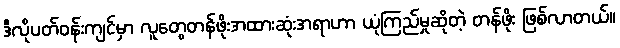
ဒီလိုပတ်ဝန်းကျင်မှာ လူတွေတန်ဖိုးအထားဆုံးအရာဟာ ယုံကြည်မှုဆိုတဲ့ တန်ဖိုး ဖြစ်လာတယ်။